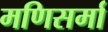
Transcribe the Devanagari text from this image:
मणिसर्मा